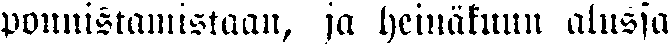
ponnistamistaan, ja heinäkuun alussa